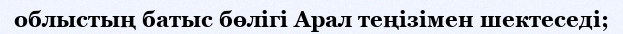
облыстың батыс бөлігі Арал теңізімен шектеседі;